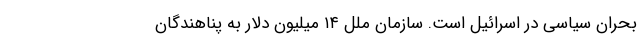
بحران سیاسی در اسرائیل است. سازمان ملل ۱۴ میلیون دلار به پناهندگان